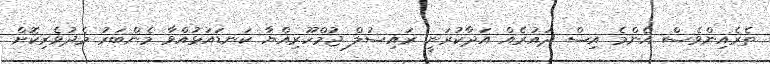
ތެރެއިންވެސް އެންމެ އިސް ދައުރެއް އަދާކުރަނީ ރައިސުލް ޖުމްހޫރިއްޔާ ކަނޑައަޅުއްވާ މެންބަރު މެދުވެރިކޮށް